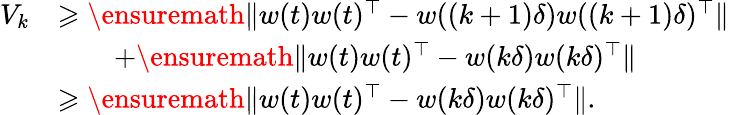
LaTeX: \begin{array}{rl}{V_{k}}&{\geqslant\ensuremath{\| w(t)w(t)^{\top}-w((k+1)\delta)w((k+1)\delta)^{\top}\| }}\\ &{\quad\quad+\ensuremath{\| w(t)w(t)^{\top}-w(k\delta)w(k\delta)^{\top}\| }}\\ &{\geqslant\ensuremath{\| w(t)w(t)^{\top}-w(k\delta)w(k\delta)^{\top}\| }.}\end{array}